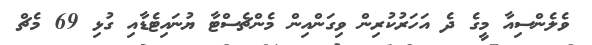
ވެލެންސިއާ މީގެ ދެ އަހަރުކުރިން ވިގަންއިން މެންޗެސްޓާ ޔުނައިޓެޑާއި ގުޅި 69 މެޗް